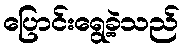
ပြောင်းရွေ့ခဲ့သည်